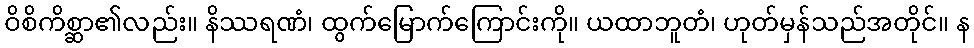
ဝိစိကိစ္ဆာ၏လည်း။ နိဿရဏံ၊ ထွက်မြောက်ကြောင်းကို။ ယထာဘူတံ၊ ဟုတ်မှန်သည်အတိုင်။ န